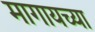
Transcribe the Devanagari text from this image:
मागायच्या